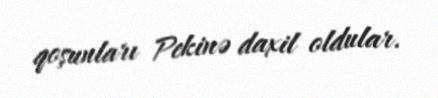
qoşunları Pekinə daxil oldular.